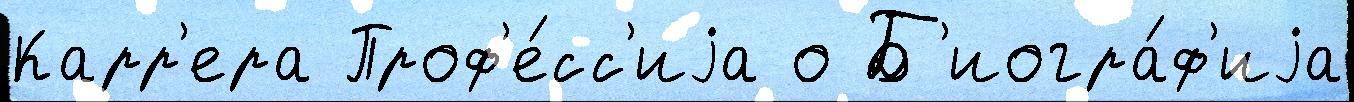
Карр'ера Проф'е́сс'иjа о Б'иогра́ф'иjа